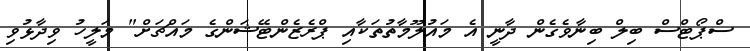
ސްޕޯޓްސް ބިލް ބިނާވެގެން ދާނީ އެ މައުލޫމާތުތަކާއި ޕްރެޒެންޓޭޝަންގެ މައްޗަށް" މަލީހު ވިދާޅުވި